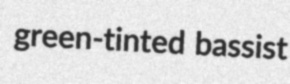
green-tinted bassist